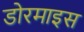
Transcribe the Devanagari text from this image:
डोरमाइस